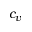
c _ { v }